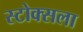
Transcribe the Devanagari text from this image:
स्टोक्सला